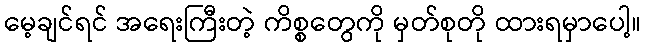
မေ့ချင်ရင် အရေးကြီးတဲ့ ကိစ္စတွေကို မှတ်စုတို ထားရမှာပေါ့။